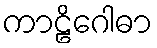
ကာဠိဂေါဓာ